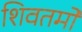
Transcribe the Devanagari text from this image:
शिवतमो